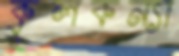
কুলকন্যা